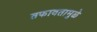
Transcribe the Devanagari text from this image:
तफावतामुळे